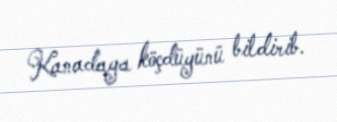
Kanadaya köçdüyünü bildirib.